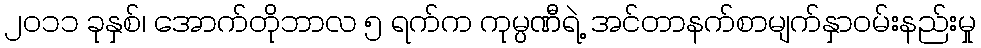
၂၀၁၁ ခုနှစ်၊ အောက်တိုဘာလ ၅ ရက်က ကုမ္ပဏီရဲ့ အင်တာနက်စာမျက်နှာဝမ်းနည်းမှု